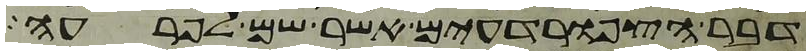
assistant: דבר הצפרדעים אשר שם לפרעה